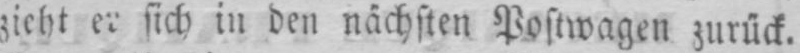
zieht er sich in den nächsten Postwagen zurück.